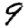
Digit: 9